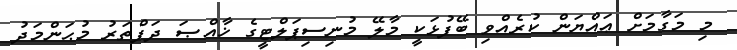
މި މަގާމަށް ޢައްޔަން ކުރެއްވި ބޭފުޅަކީ މާލޭ މުނިސިޕަލްޓީގެ ޚާއްޞަ ދަފްތަރު މުޙަންމަދު